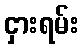
ငှားရမ်း